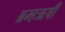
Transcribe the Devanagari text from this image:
ब्रम्हऋषी